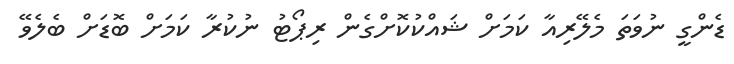
ޑެންގީ ނުވަތަ މެލޭރިއާ ކަމަށް ޝައްކުކޮށްގެން ރިޕޯޓު ނުކުރާ ކަމަށް ބޮޑަށް ބެލެވޭ